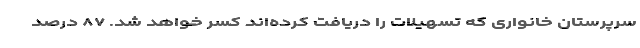
سرپرستان خانواری که تسهیلات را دریافت کرده‌اند کسر خواهد شد. ۸۷ درصد